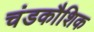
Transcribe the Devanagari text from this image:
चंडकौशिक